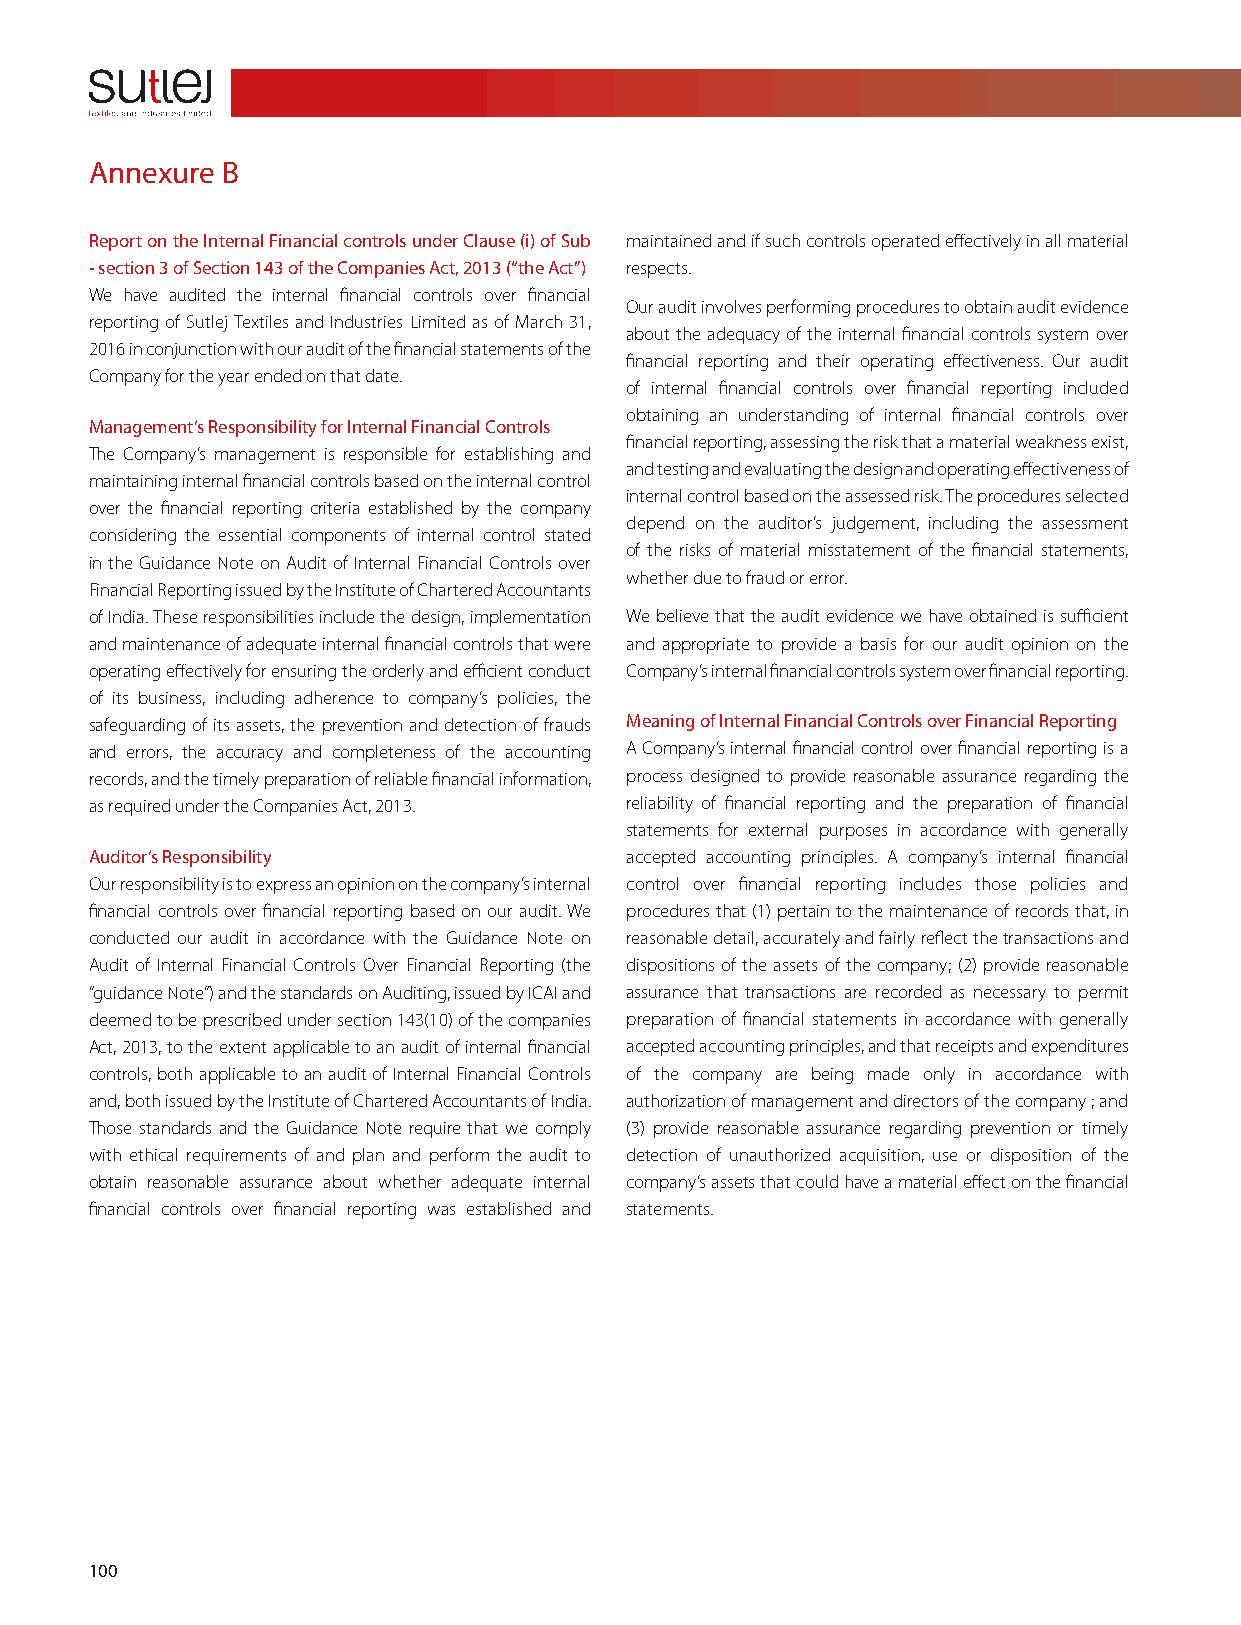
Annexure B
 Report on the Internal Financial controls under Clause (i) of Sub maintained and if such controls operated effectively in all material
 - section 3 of Section 143 of the Companies Act, 2013 (“the Act”) respects.
 We have audited the internal financial controls over financial
 Our audit involves performing procedures to obtain audit evidence
 reporting of Sutlej Textiles and Industries Limited as of March 31,
 about the adequacy of the internal financial controls system over
 2016 in conjunction with our audit of the financial statements of the
 financial reporting and their operating effectiveness. Our audit
 Company for the year ended on that date.
 of internal financial controls over financial reporting included
 obtaining an understanding of internal financial controls over
 Management’s Responsibility for Internal Financial Controls
 financial reporting, assessing the risk that a material weakness exist,
 The Company’s management is responsible for establishing and
 and testing and evaluating the design and operating effectiveness of
 maintaining internal financial controls based on the internal control
 internal control based on the assessed risk. The procedures selected
 over the financial reporting criteria established by the company
 depend on the auditor’s judgement, including the assessment
 considering the essential components of internal control stated
 of the risks of material misstatement of the financial statements,
 in the Guidance Note on Audit of Internal Financial Controls over
 whether due to fraud or error.
 Financial Reporting issued by the Institute of Chartered Accountants
 of India. These responsibilities include the design, implementation We believe that the audit evidence we have obtained is sufficient
 and maintenance of adequate internal financial controls that were and appropriate to provide a basis for our audit opinion on the
 operating effectively for ensuring the orderly and efficient conduct Company’s internal financial controls system over financial reporting.
 of its business, including adherence to company’s policies, the
 safeguarding of its assets, the prevention and detection of frauds Meaning of Internal Financial Controls over Financial Reporting
 and errors, the accuracy and completeness of the accounting A Company’s internal financial control over financial reporting is a
 records, and the timely preparation of reliable financial information, process designed to provide reasonable assurance regarding the
 as required under the Companies Act, 2013. reliability of financial reporting and the preparation of financial
 statements for external purposes in accordance with generally
 Auditor’s Responsibility           accepted accounting principles. A company’s internal financial
 Our responsibility is to express an opinion on the company’s internal control over financial reporting includes those policies and
 financial controls over financial reporting based on our audit. We procedures that (1) pertain to the maintenance of records that, in
 conducted our audit in accordance with the Guidance Note on reasonable detail, accurately and fairly reflect the transactions and
 Audit of Internal Financial Controls Over Financial Reporting (the dispositions of the assets of the company; (2) provide reasonable
 “guidance Note”) and the standards on Auditing, issued by ICAI and assurance that transactions are recorded as necessary to permit
 deemed to be prescribed under section 143(10) of the companies preparation of financial statements in accordance with generally
 Act, 2013, to the extent applicable to an audit of internal financial accepted accounting principles, and that receipts and expenditures
 controls, both applicable to an audit of Internal Financial Controls of the company are being made only in accordance with
 and, both issued by the Institute of Chartered Accountants of India. authorization of management and directors of the company ; and
 Those standards and the Guidance Note require that we comply (3) provide reasonable assurance regarding prevention or timely
 with ethical requirements of and plan and perform the audit to detection of unauthorized acquisition, use or disposition of the
 obtain reasonable assurance about whether adequate internal company’s assets that could have a material effect on the financial
 financial controls over financial reporting was established and statements.
 100